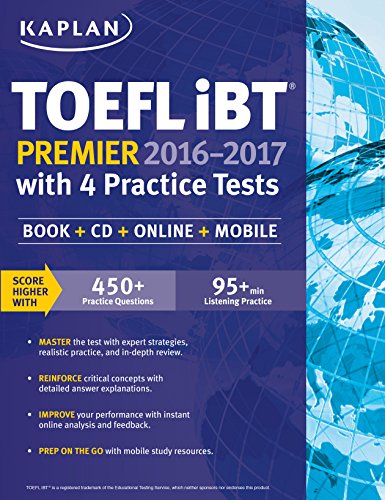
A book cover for Kaplan TOEFL iBT Premier 2016-2017 with 4 Practice Tests: Book + CD + Online + Mobile (Kaplan Test Prep); Kaplan; Test Preparation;